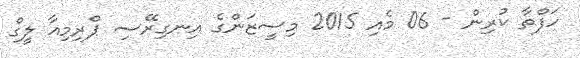
ހަފްތާ ކުރިން - 06 މެއި 2015 މިސީޒަންގެ އިނގިރޭސި ޕްރިމިއާ ލީގް